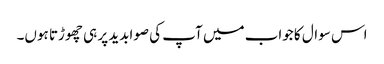
اس سوال کا جواب میں آپ کی صوابدید پر ہی چھوڑتا ہوں۔